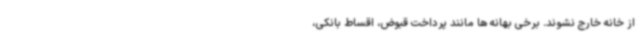
از خانه خارج نشوند. برخی بهانه ها مانند پرداخت قبوض، اقساط بانکی،